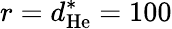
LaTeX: r=d_{\mathrm{He}}^{\ast}=100